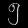
Digit: ၅